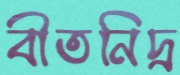
বীতনিদ্র